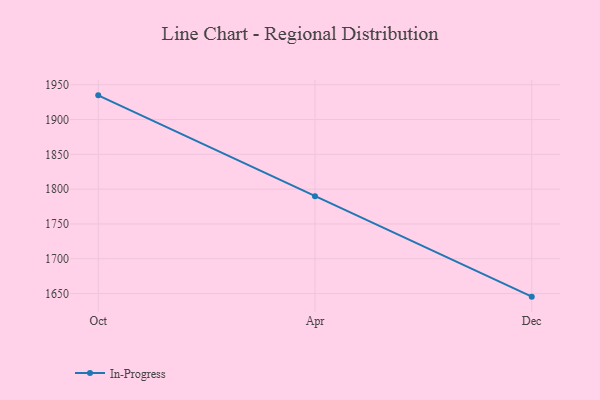
{"axis": {"x": "Month", "y": "Temperature (°C)"}, "legend": ["In-Progress"], "data": [{"x": "Oct", "y": 1934.8, "type": "In-Progress"}, {"x": "Apr", "y": 1789.7, "type": "In-Progress"}, {"x": "Dec", "y": 1645.6, "type": "In-Progress"}]}